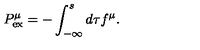
{ P } _ { \mathrm { e x } } ^ { \mu } = - \int _ { - \infty } ^ { s } d \tau f ^ { \mu } .